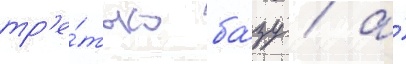
тр'е́тью ба́зу / а́